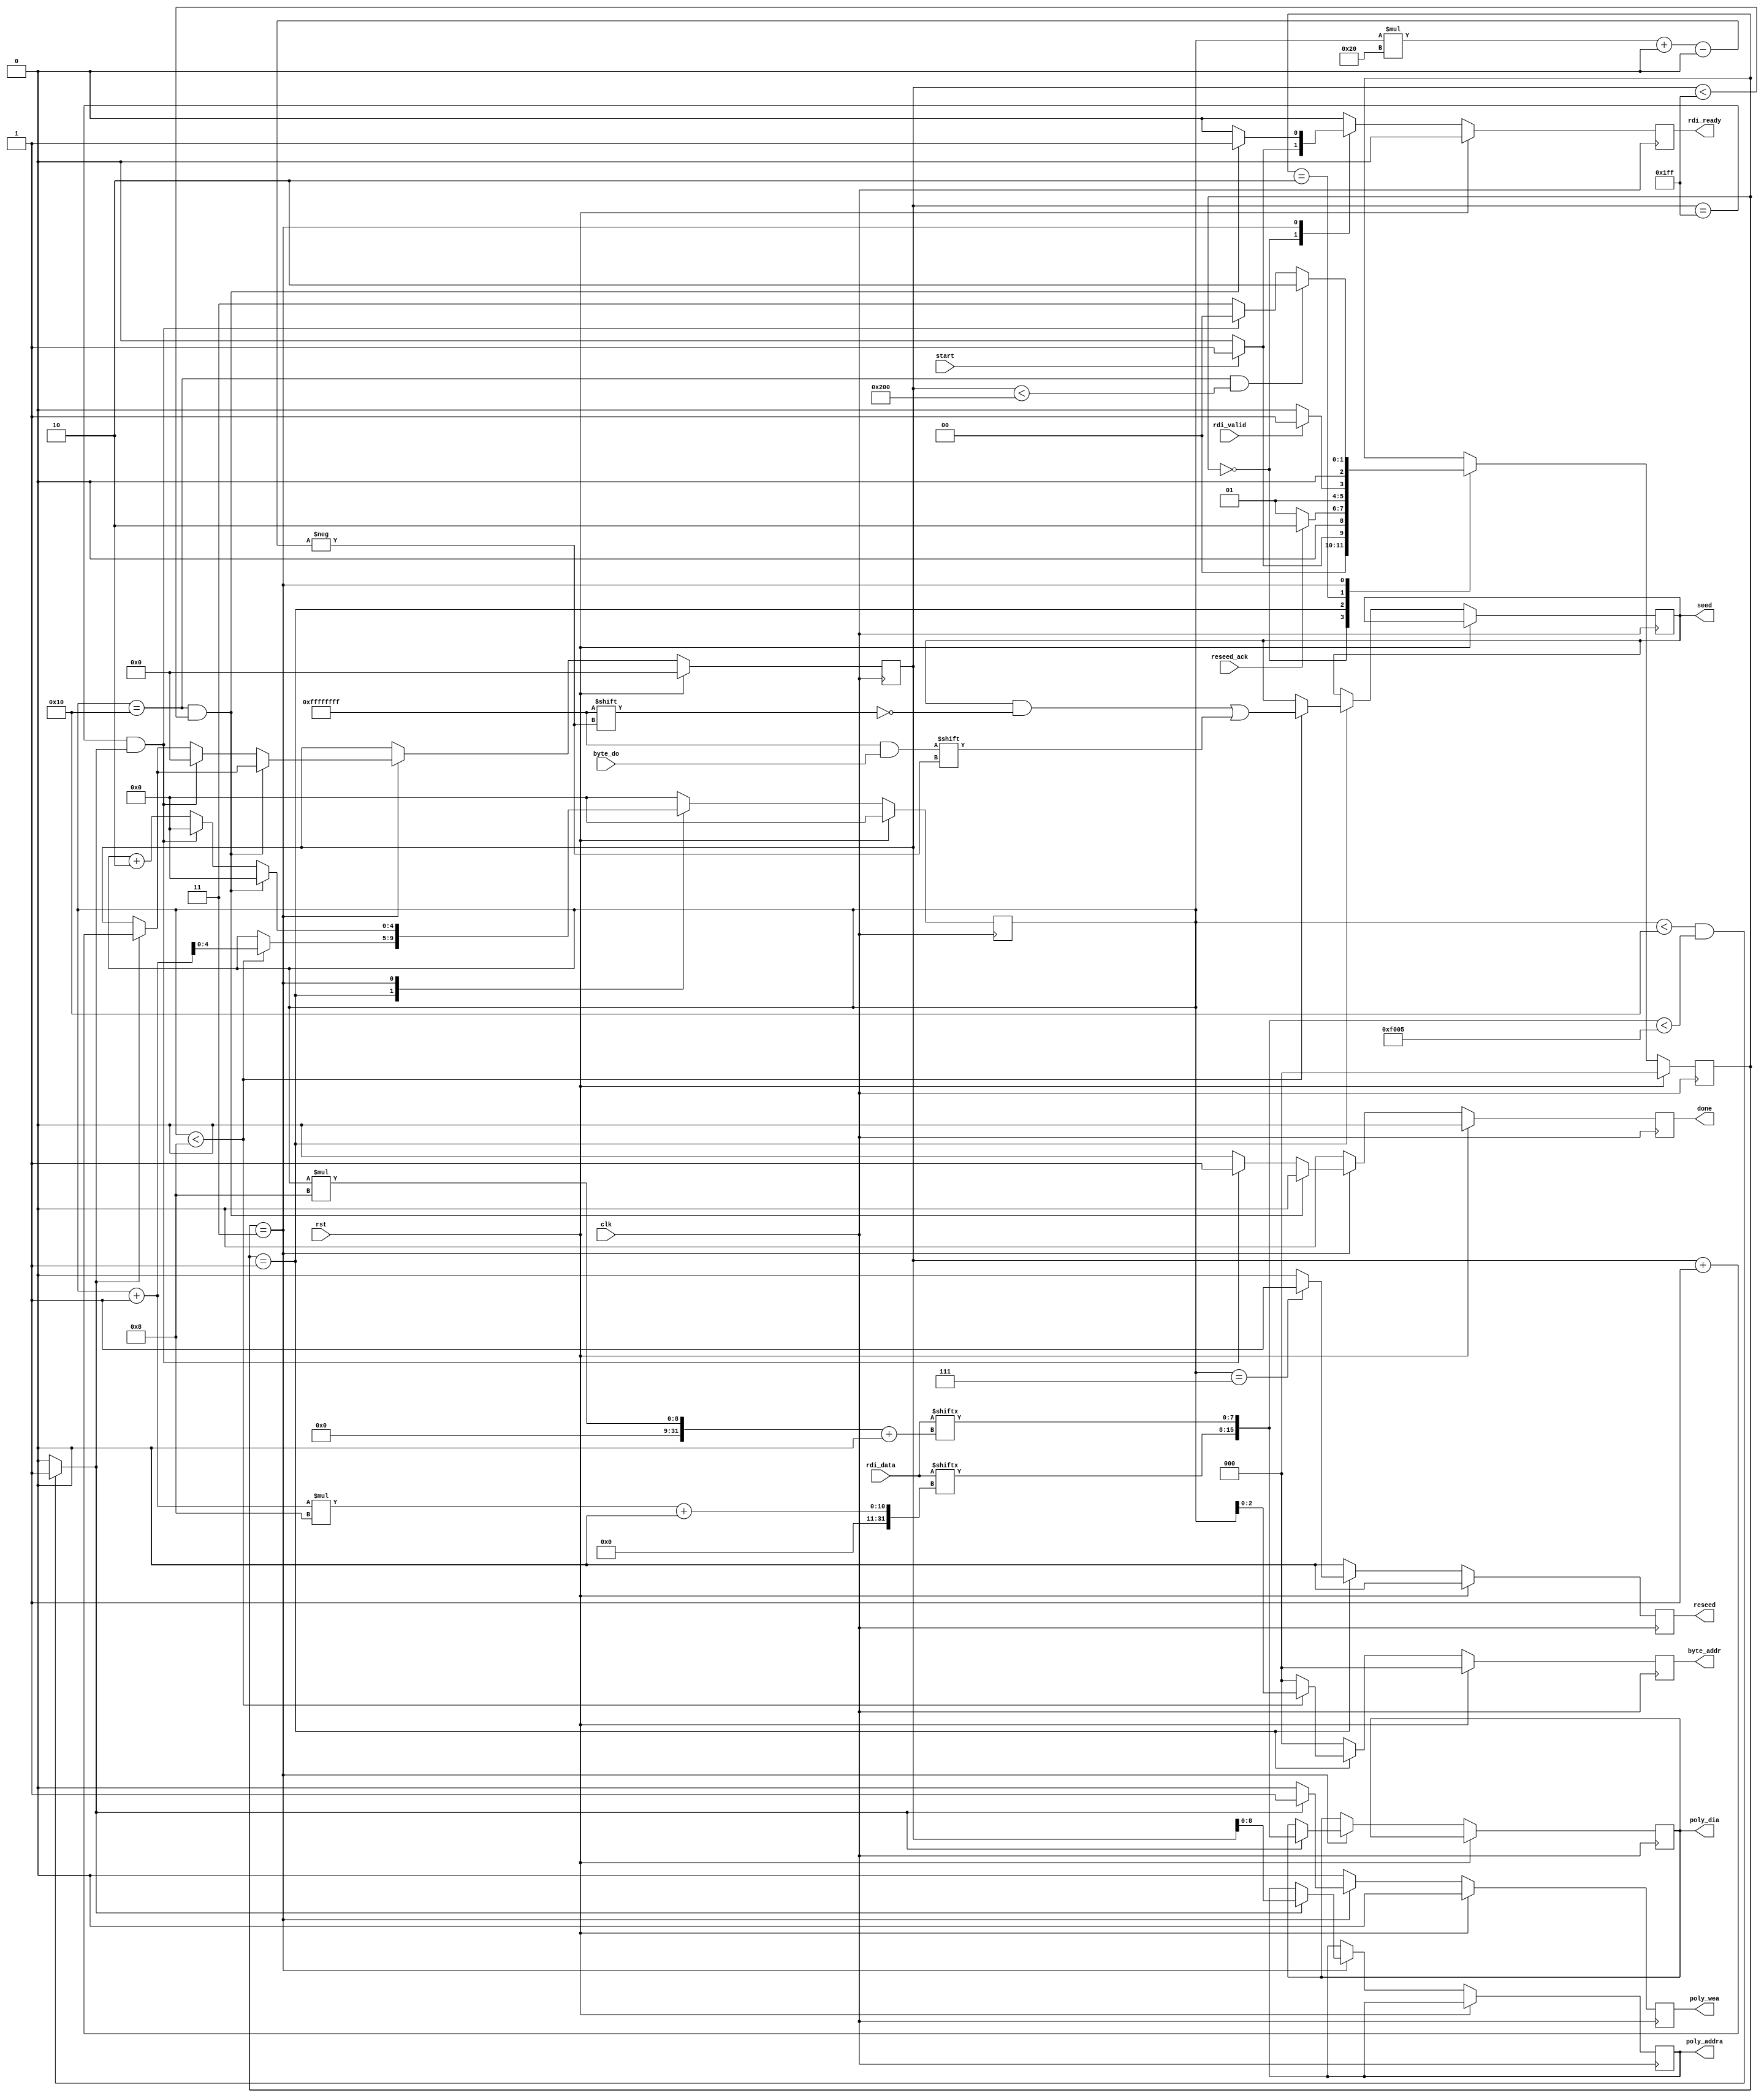
`timescale 1ns / 1ps
//////////////////////////////////////////////////////////////////////////////////
// Company: 
// Engineer: 
// 
// Design Name: 
// Module Name: gen_a
// Project Name: 
// Target Devices: 
// Tool Versions: 
// Description: 
// 
// Dependencies: 
// 
// Revision:
// Revision 0.01 - File Created
// Additional Comments:
// 
//////////////////////////////////////////////////////////////////////////////////


module gen_a(
    // basic inputs
    input clk,
    input rst,
    // control inputs
    input start,
    output reg done = 0,
    // input RAM signals
    output reg [2:0] byte_addr = 0,
    input [31:0] byte_do,
    // output RAM signals
    output reg poly_wea = 0,
    output reg [8:0] poly_addra = 0,
    output reg [15:0] poly_dia = 0,
    // Trivium module signals
    output reg [255:0] seed = 0,
    output reg reseed = 0,
    input reseed_ack,
	input [127:0] rdi_data,
	input rdi_valid,
	output reg rdi_ready = 0
	);
    
//    always @(posedge clk) begin
//        if (poly_wea) begin
//            $display("GenA,%d,%h",poly_addra,poly_dia);
//        end
//    end
    
    localparam NEWHOPE_5Q = 16'd61445;
    localparam
        HOLD       = 3'd0,
        SETUP_SEED = 3'd1,
        RUN_PRNG   = 3'd2,
        PARSE      = 3'd3;
    reg [2:0] state, state_next;
    
    // iterate registers registers
    reg [9:0] ctr;
    reg [4:0] j;
       
    wire value_valid;
    assign value_valid = (j < 16 && {rdi_data[(j+1)*8+:8], rdi_data[j*8+:8]} < NEWHOPE_5Q) ? 1'b1 : 1'b0;
       
    // combinational state logic
    always @(*) begin
        state_next = state;
    
        case (state) 
        HOLD: begin
            state_next = (start == 1'b1) ? SETUP_SEED : HOLD;
        end
        SETUP_SEED: begin
            state_next = (reseed_ack) ? RUN_PRNG : SETUP_SEED;
        end
        RUN_PRNG: begin
            state_next = (rdi_valid) ? PARSE : RUN_PRNG;
        end
        PARSE: begin
            // this logic may need adjustment (need to add squeeze logic)
            state_next = (j == 16 && ctr < 512) ? RUN_PRNG : 
                         (ctr == 511 && value_valid) ? HOLD : PARSE;
        end        
        endcase
    end
    
    // sequential state logic
    always @(posedge clk) begin
        state <= (rst) ? HOLD : state_next;
    end
    
    // sequential output logic
    always @(posedge clk) begin
        // defaults
        done <= 1'b0;
    
       // output ram (polynomial)
        poly_wea   <= 1'b0;
        
        byte_addr <= 0;
    
        // Trivium signals
        rdi_ready <= 1'b0;
        reseed <= 0;
        
        // parse state defaults
        j <= 0;        
        
        if (rst == 1'b1) begin
            ctr <= 0;
        end else begin
               
            case (state) 
            HOLD: begin
                if (start) begin
                    rdi_ready <= 1;
                end
            end
            SETUP_SEED: begin
                if (j < 8) begin
                    byte_addr <= j;
                    seed[j*32+:32] <= byte_do;
                    j <= j + 1;
                end else begin
                    j <= j;
                end
            
                if (j == 7)                
                    reseed <= 1'b1;
            end
            RUN_PRNG: begin
                rdi_ready <= 1'b0;
                j <= 0;
            end
            PARSE: begin
                if (value_valid) begin
                    // write value to poly memory
                    poly_wea <= 1'b1;
                    poly_addra <= ctr;
                    poly_dia <= {rdi_data[(j+1)*8+:8], rdi_data[j*8+:8]};
                    ctr <= ctr + 1;
                end else begin
                    ctr <= ctr;
                end
                
                if (j == 16 & ctr < 511) begin
                    // Run PRNG
                    rdi_ready <= 1'b1;
                end else if (ctr == 511 && value_valid) begin
                    done <= 1'b1;
                    ctr <= 0;
                end
                else begin
                    // continue parse
                    j <= j + 2;
                end
                
            end        
            endcase
        end
    end
    
endmodule